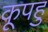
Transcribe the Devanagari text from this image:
कूपहु